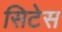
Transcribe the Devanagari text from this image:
सिटेस